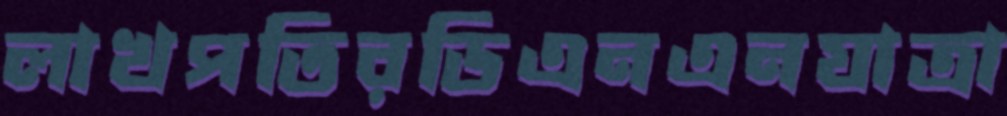
লাখপতিরডিএনএনযাত্রা